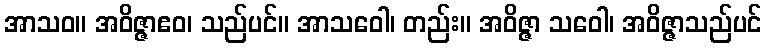
အာသဝ။ အဝိဇ္ဇာဧဝ၊ သည်ပင်။ အာသဝေါ၊ တည်း။ အဝိဇ္ဇာ သဝေါ၊ အဝိဇ္ဇာသည်ပင်